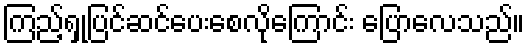
ကြည့်ရှုပြင်ဆင်ပေးစေလိုကြောင်း ပြောလေသည်။